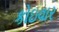
કોઇવાર